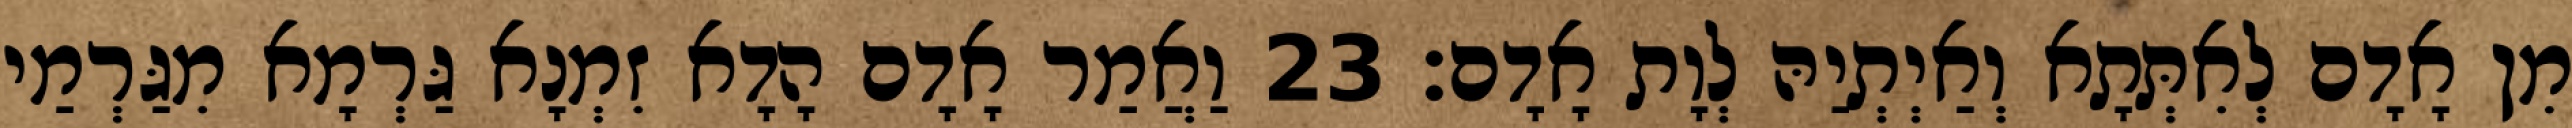
מִן אָדָם לְאִתְּתָא וְאַיְתְיַהּ לְוָת אָדָם׃ 23 וַאֲמַר אָדָם הָדָא זִמְנָא גַּרְמָא מִגַּרְמַי